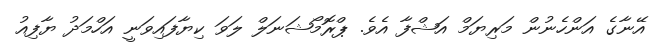
އޭނާގެ އަންހެނުން މަރިޔަމް އަޝްފާ އެވެ. ޕްރޮމޯޝަނަލް ލަވަ ކިޔާފައިވަނީ އަހްމަދު ޔާފިއު